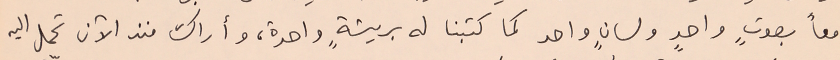
معاً بصوتٍ واحدٍ ولسانٍ واحد كما كتبنا له بريشةٍ واحدة، وأراك منذ الآن تحمل اليه